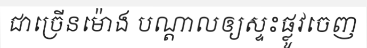
ជាច្រើនម៉ោង បណ្តាលឲ្យស្ទះផ្លូវចេញ